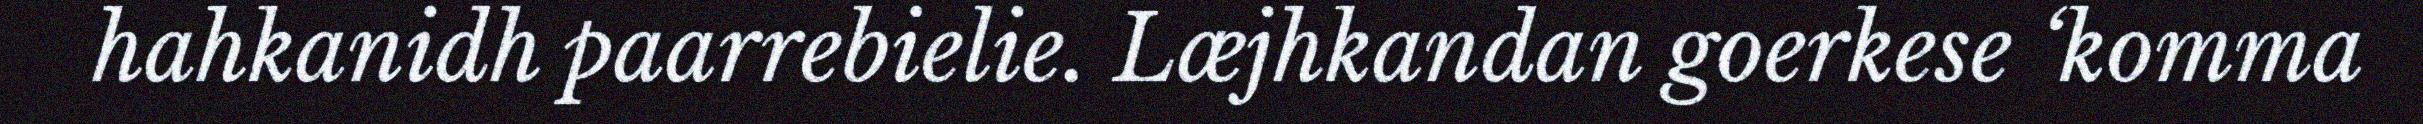
hahkanidh paarrebielie. Læjhkandan goerkese ‘komma